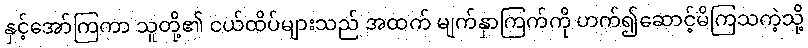
နှင့်အော်ကြကာ သူတို့၏ ငယ်ထိပ်များသည် အထက် မျက်နှာကြက်ကို ဟက်၍ဆောင့်မိကြသကဲ့သို့